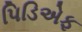
પિડિએફ